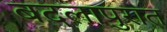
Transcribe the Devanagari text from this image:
बदलापुरात